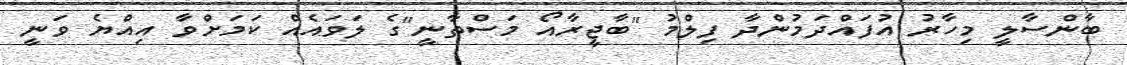
ބާންސާލީ މިހާރު އުފައްދަމުންދާ ފިލްމު "ބާޖީރާއޯ މަސްތާނީ"ގެ ލަވައެއް ކަމަށްވާ އިއްޔެ ވަނީ